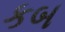
કબ